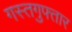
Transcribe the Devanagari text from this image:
गस्तगुफ्तार